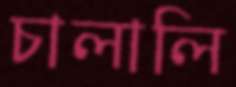
চালালি